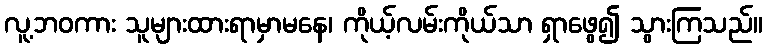
လူ့ဘဝကား သူများထားရာမှာမနေ၊ ကိုယ့်လမ်းကိုယ်သာ ရှာဖွေ၍ သွားကြသည်။